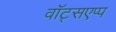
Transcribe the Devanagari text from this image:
वॉट्सएप्प